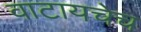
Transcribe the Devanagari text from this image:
वाटायचेच